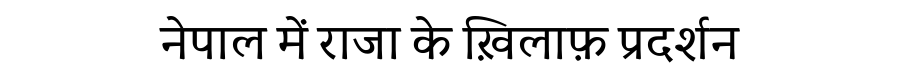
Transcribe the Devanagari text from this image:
नेपाल में राजा के ख़िलाफ़ प्रदर्शन